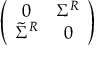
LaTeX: \left( \begin{array} { c c } { { 0 } } & { { \Sigma ^ { R } } } \\ { { \tilde { \Sigma } ^ { R } } } & { { 0 } } \end{array} \right)